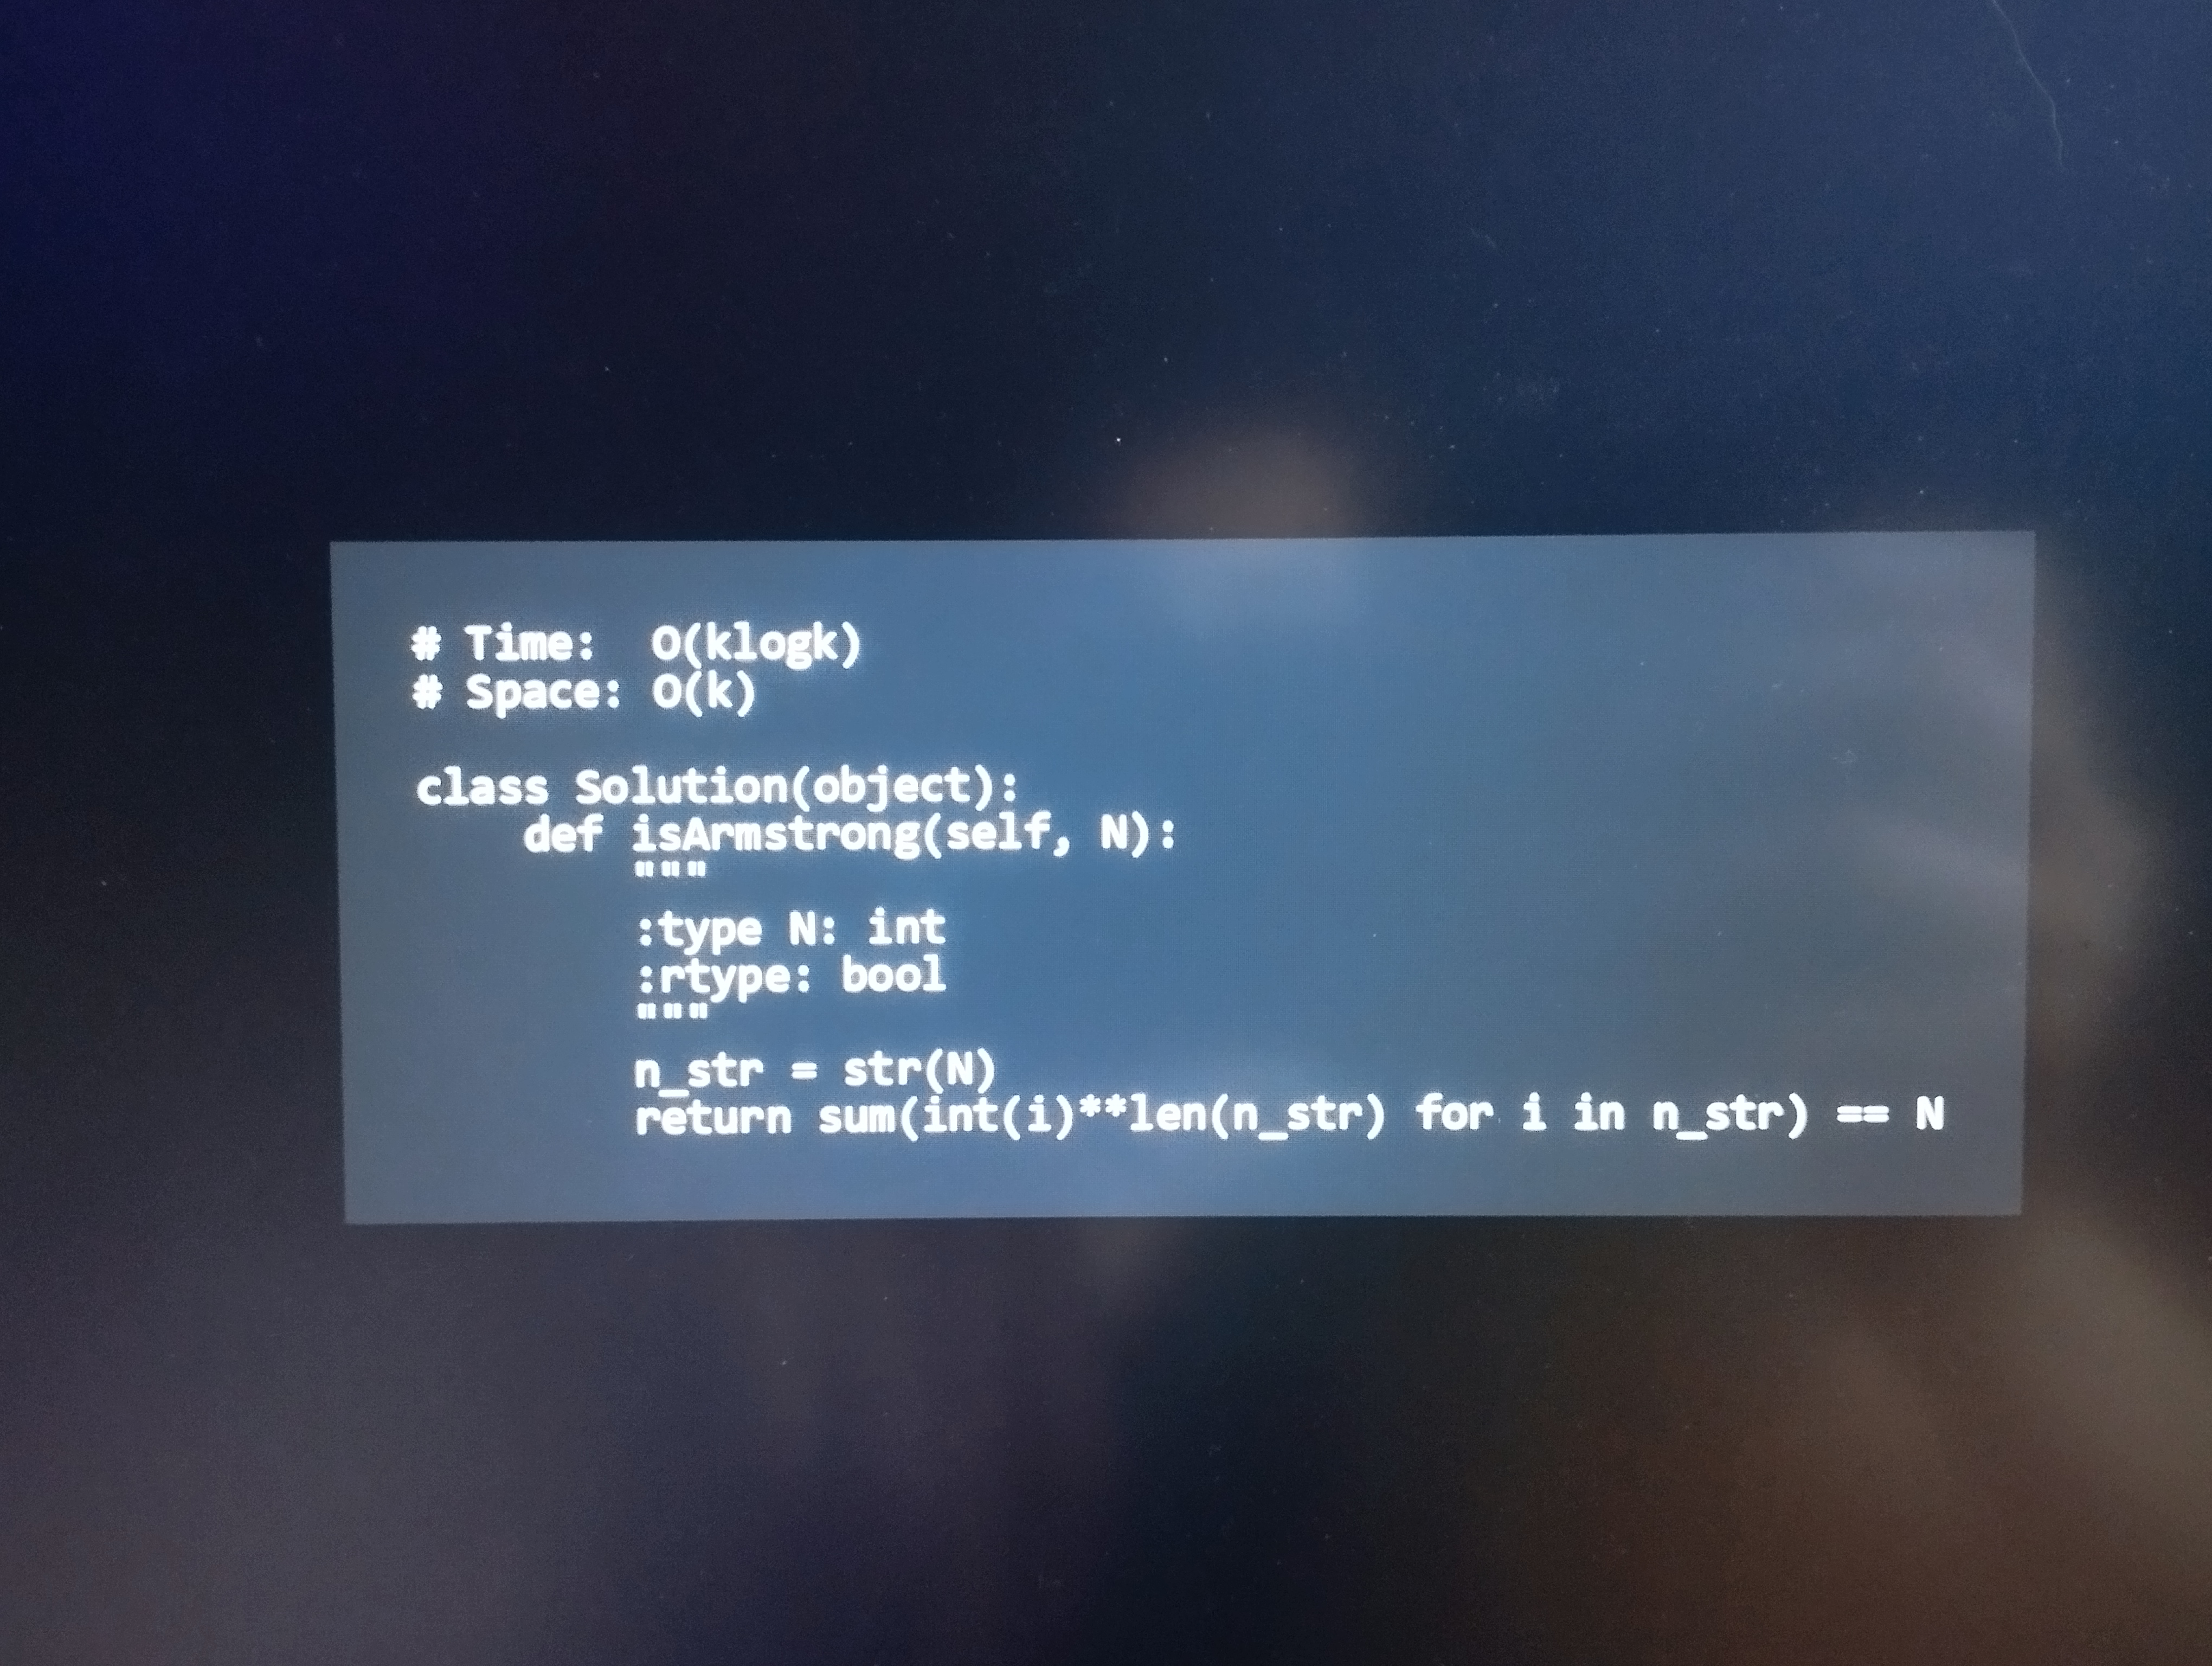
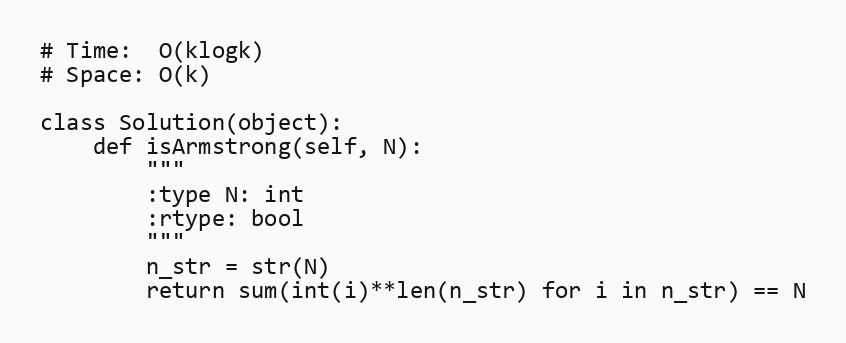
# Time:  O(klogk)
# Space: O(k)

class Solution(object):
    def isArmstrong(self, N):
        """
        :type N: int
        :rtype: bool
        """
        n_str = str(N)
        return sum(int(i)**len(n_str) for i in n_str) == N